Vaccination North-Western Provinces 1866-1877 - 1866-1877
Year: 1866
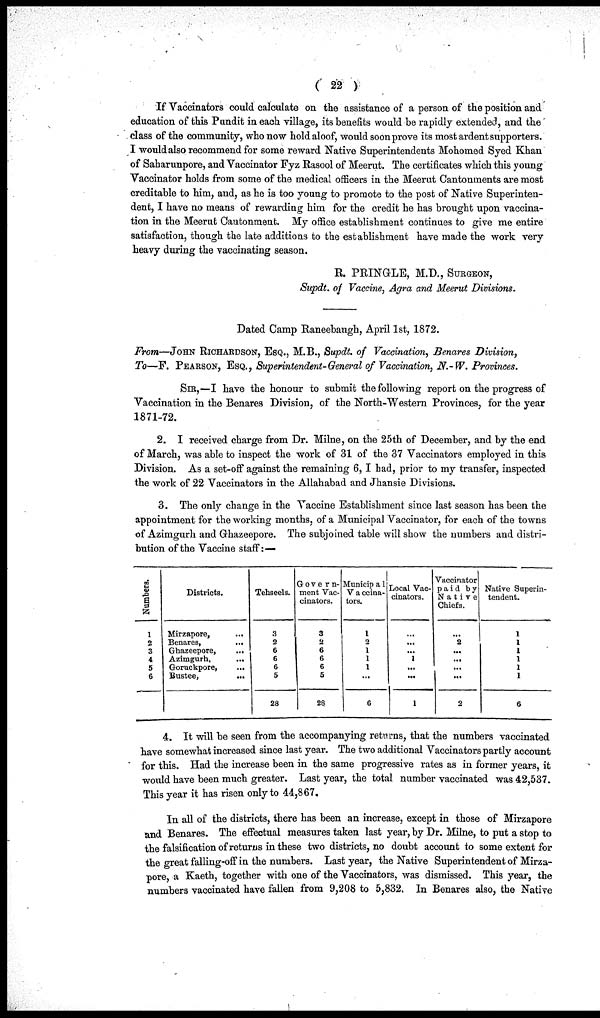
( 22 )
If Vaccinators could calculate on the assistance of a person of the position and
education of this Pundit in each village, its benefits would be rapidly extended, and the
class of the community, who now hold aloof, would soon prove its most ardent supporters.
I would also recommend for some reward Native Superintendents Mohomed Syed Khan
of Saharunpore, and Vaccinator Fyz Rasool of Meerut. The certificates which this young
Vaccinator holds from some of the medical officers in the Meerut Cantonments are most
creditable to him, and, as he is too young to promote to the post of Native Superinten-
dent, I have no means of rewarding him for the credit he has brought upon vaccina-
tion in the Meerut Cantonment. My office establishment continues to give me entire
satisfaction, though the late additions to the establishment have made the work very
heavy during the vaccinating season.
R. PRINGLE, M.D., SURGEON,
Supdt. of Vaccine, Agra and Meerut Divisions.
Dated Camp Raneebaugh, April 1st, 1872.
From—JOHN RICHARDSON, ESQ., M.B., Supdt. of Vaccination, Benares Division,
To—F. PEARSON, ESQ., Superintendent-General of Vaccination, N.-W. Provinces.
SIR,—I have the honour to submit the following report on the progress of
Vaccination in the Benares Division, of the North-Western Provinces, for the year
1871-72.
2. I received charge from Dr. Milne, on the 25th of December, and by the end
of March, was able to inspect the work of 31 of the 37 Vaccinators employed in this
Division. As a set-off against the remaining 6, I had, prior to my transfer, inspected
the work of 22 Vaccinators in the Allahabad and Jhansie Divisions.
3. The only change in the Vaccine Establishment since last season has been the
appointment for the working months, of a Municipal Vaccinator, for each of the towns
of Azimgurh and Ghazeepore. The subjoined table will show the numbers and distri-
bution of the Vaccine staff:—
Numbers.
1
2
3
4
5
6
Districts.
Mirzapore,
...
Benares,
...
Ghazeepore, ...
Azimgurh,
...
Goruckpore, ...
Bustee,
...
Tehseels.
3
2
6
6
6
5
28
Govern¬
ment Vac-
cinators.
3
2
6
6
6
5
28
Municipa1
Vaccina-
tors.
1
2
1
1
1
...
6
Local Vac-
cinators.
...
...
...
1
...
...
1
Vaccinator
paid by
Native
Chiefs.
...
2
...
...
...
...
2
Native Superin-
tendent.
1
1
1
1
1
1
6
4. It will be seen from the accompanying returns, that the numbers vaccinated
have somewhat increased since last year. The two additional Vaccinators partly account
for this. Had the increase been in the same progressive rates as in former years, it
would have been much greater. Last year, the total number vaccinated was 42,537.
This year it has risen only to 44,867.
In all of the districts, there has been an increase, except in those of Mirzapore
and Benares. The effectual measures taken last year, by Dr. Milne, to put a stop to
the falsification of returns in these two districts, no doubt account to some extent for
the great falling-off in the numbers. Last year, the Native Superintendent of Mirza-
pore, a Kaeth, together with one of the Vaccinators, was dismissed. This year, the
numbers vaccinated have fallen from 9,208 to 5,832. In Benares also, the Native